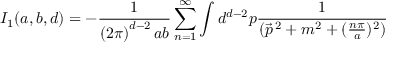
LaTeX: I _ { 1 } ( a , b , d ) = - \frac { 1 } { \left( 2 \pi \right) ^ { d - 2 } a b } \sum _ { n = 1 } ^ { \infty } \int d ^ { d - 2 } p \frac { 1 } { ( \vec { p } ^ { \, 2 } + m ^ { 2 } + ( \frac { n \pi } { a } ) ^ { 2 } ) }